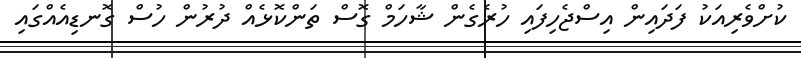
ކުށްވެރިއަކު ފަދައިން އިސްޖެހިފައި ހުރެގެން ޝާހަމް ގޮސް ތަންކޮޅެއް ދުރުން ހުސް ގޮނޑިއެއްގައި